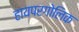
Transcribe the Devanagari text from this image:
हायपरगोलिक